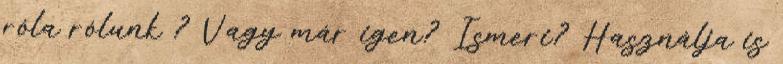
róla rólunk ? Vagy már igen? Ismeri? Használja is